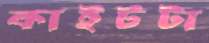
কাইটটা